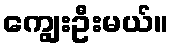
ကျွေးဦးမယ်။